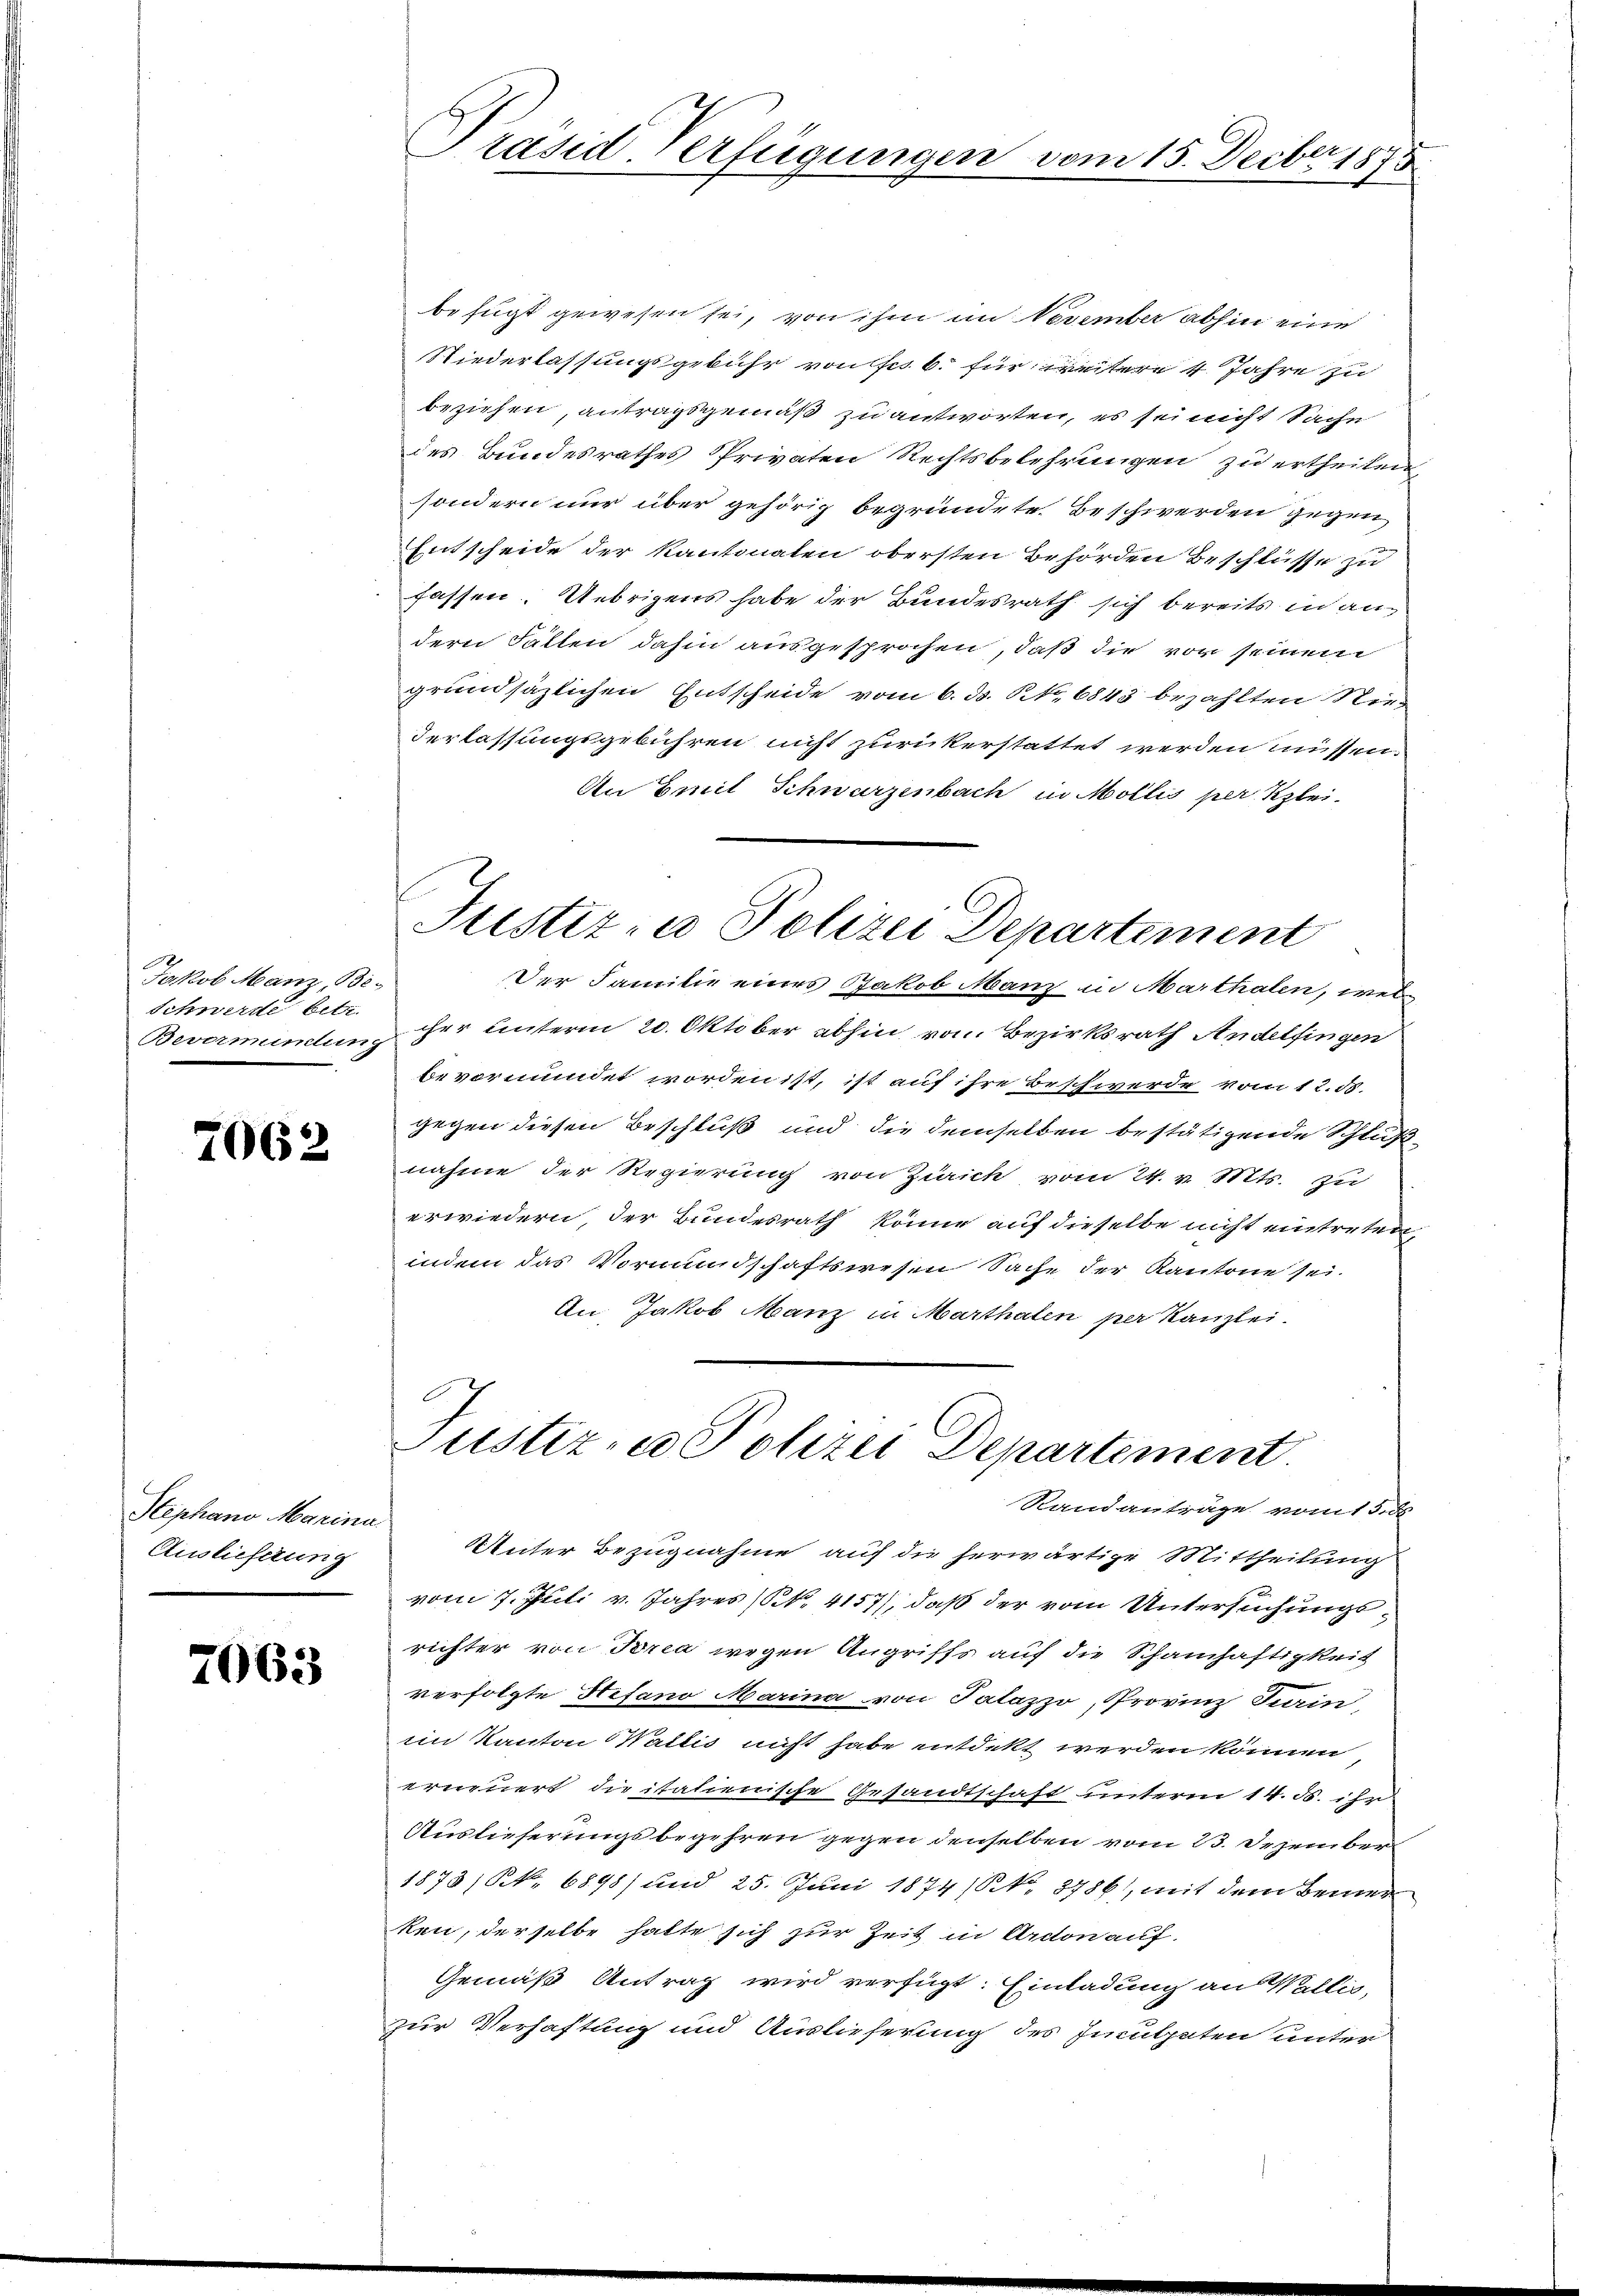
Jakob Manz, Be¬
Schwerde betr.
Bevormundung

7062

Stephano Marina
Auslieferung

7063

t
Präsid-Verfügungen vom 15. Decbr. 1873

befugt gewesen sei, von ihm im November abhin eine
Niederlassungsgebühr von ses 6. für weitere 4 Jahre zu
beziehen antragsgemäß zu antworten, es sei nicht Sache
des Bundesrathes Privaten Rechtsbelehrungen zu ertheilen
sondern nur über gehörig begründete Beschwerden gegen
Entscheide der Kantonalen obersten Behörden Beschlüsse zu
fassen. Uebrigens habe der Bundesrath sich bereits in andern Fällen dahin ausgesprochen, daß die vor seinen
grundsäzlichen Entscheide vom 6. d. S. 6843 bezahlten Riederlassungsgebühren nicht zurückerstattet werden müssen.
An Emil Schwarzenbach in Mollis per Klei-
Justiz- u Polizei Departement
Der Familie eines Jakob Manz in Marthalen, wel
cher unterm 20. Oktober abhin von Bezirksrath Andelfingen
bevormundet worden ist, ist auf ihre Beschwerde vom 12. 58.
gegen diesen Beschluß und die demselben bestätigende Schluß
nahme der Regierung von Zürich vom 24. v. Mts. zu
erwiedern, der Bundesrath könne auf dieselbe nicht eintreten
indem das Vormundschaftswesen Sache der Kantone sei.
An Jakob Manz in Marthalen per Kanzlei-

Justiz- & Polizei Departement
Randanträge vom 15. ds.

Unter Bezugnahme auf die herwärtige Mittheilung
vom 7. Juli v. Jahres (S. 4157), daß der vom Untersuchungsrichter von Trea wegen Angriffs auf die Schamhaftigkeit
verfolgte Stefano Marina von Talazzo, Provinz Sain
im Kanton Wattis nicht habe entdekt werden können
erneuert die italienische Gesandtschaft unterm 14. ds. ihr
Auslieferungsbegehren gegen denselben vom 23. Dezember
1873/ S. 6898) und 25. Juni 1874 (N. 8786), mit dem Bemer
ken, derselbe hatte sich zur Zeit in Archon auf-
Gemäß Antrag wird verfügt: Einladung an Wallis,
zur Verhaftung und Auslieferung des Imutheten unter